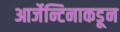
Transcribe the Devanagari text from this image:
आर्जेन्टिनाकडून